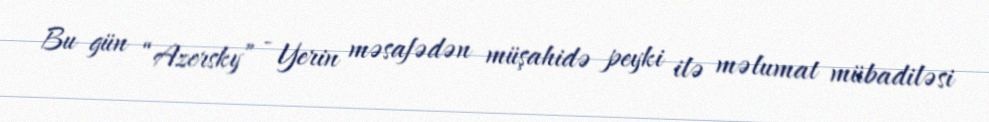
Bu gün “Azersky” - Yerin məsafədən müşahidə peyki ilə məlumat mübadiləsi